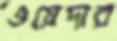
ওয়েদার